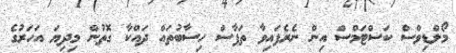
މޯލްޑިވްސް ކަސްޓަމްސް އިން ނެރެފައިވާ ތަފާސް ހިސާބުތައް ދައްކާ ގޮތުން މިދިޔަ އަހަރުގެ